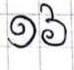
១៦